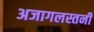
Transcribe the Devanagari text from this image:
अजागलस्तनी